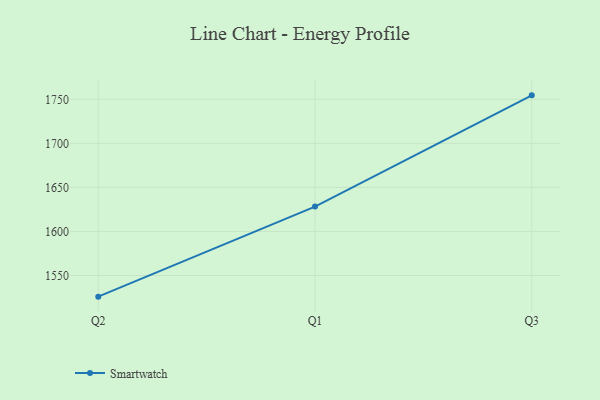
{"axis": {"x": "Quarter", "y": "Operating Costs (USD K)"}, "legend": ["Smartwatch"], "data": [{"x": "Q2", "y": 1526.0, "type": "Smartwatch"}, {"x": "Q1", "y": 1628.2, "type": "Smartwatch"}, {"x": "Q3", "y": 1754.5, "type": "Smartwatch"}]}